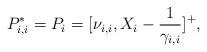
LaTeX: \begin{align*} P_{i,i}^{*} =P_{i} =[\nu _{i,i} ,X_{i} -\frac{1}{\gamma _{i,i} } ]^{+} , \end{align*}